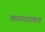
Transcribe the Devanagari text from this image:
काव्यगमन